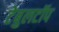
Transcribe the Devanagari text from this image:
टेबुलटॉप